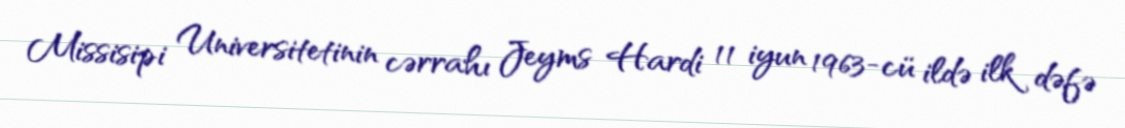
Missisipi Universitetinin cərrahı Jeyms Hardi 11 iyun 1963-cü ildə ilk dəfə